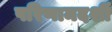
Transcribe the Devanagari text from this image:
परिणामदर्शी